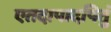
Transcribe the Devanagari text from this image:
एतदापादपितुं